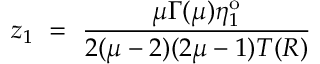
z _ { 1 } ~ = ~ \frac { \mu \Gamma ( \mu ) \eta _ { 1 } ^ { \mathrm { o } } } { 2 ( \mu - 2 ) ( 2 \mu - 1 ) T ( R ) }